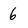
Character: 6